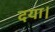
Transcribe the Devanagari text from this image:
दया।